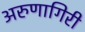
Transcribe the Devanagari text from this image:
अरुणागिरी